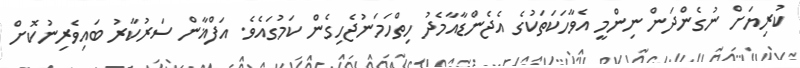
ކުރިޔަށް ނުގެންދަން ނިންމީ އެވާހަކަތަކުގެ އެޖެންޑާއާމެދު ހިތްހަމަނުޖެހިގެން ކަމުގައެވެ. އަފްޣާން ސަރުކާރު ބައިވެރިނުކޮށް